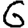
Digit: 6